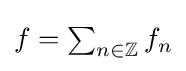
f=\textstyle \sum _{n\in \mathbb {Z} }f_{n}